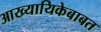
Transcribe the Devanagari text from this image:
आख्यायिकेबाबत